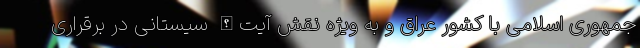
جمهوری اسلامی با کشور عراق و به ویژه نقش آیت‌الله سیستانی در برقراری